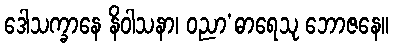
ဒေါသက္ခာနေ နိဝါသနာ၊ ဝညာ’ဓာရေသု ဘောဇနေ။